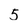
Character: 5